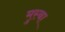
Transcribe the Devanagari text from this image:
मुस्बा